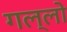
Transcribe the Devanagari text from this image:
गल्लो